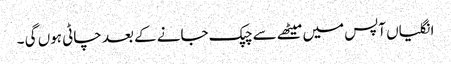
انگلیاں آپس میں میٹھے سے چپک جانے کے بعد چاٹی ہوں گی ۔